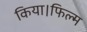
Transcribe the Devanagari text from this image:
किया।फिल्म